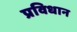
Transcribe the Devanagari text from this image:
प्रविधान